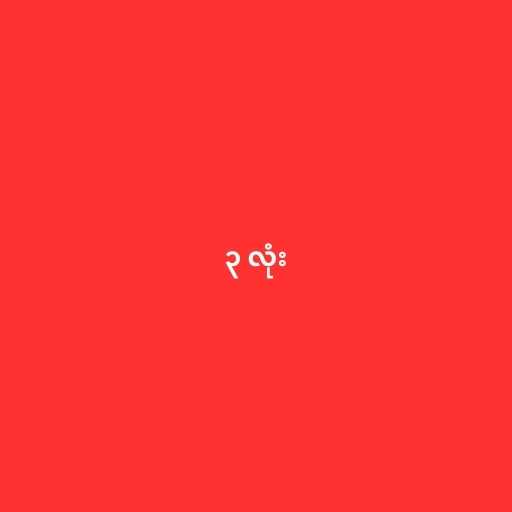
၃ လုံး